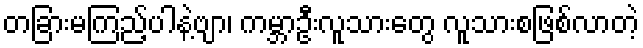
တခြားမကြည့်ပါနဲ့ဗျာ၊ ကမ္ဘာဦးလူသားတွေ လူသားစဖြစ်လာတဲ့